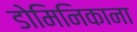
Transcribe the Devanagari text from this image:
डोमिनिकाना